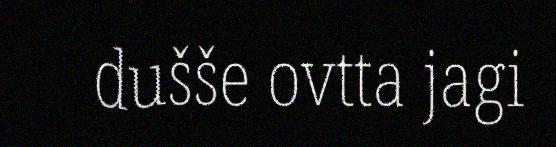
dušše ovtta jagi